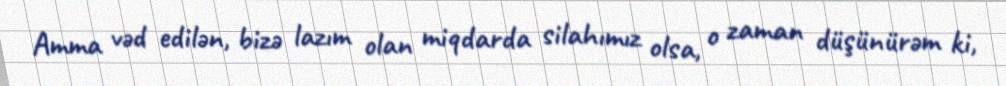
Amma vəd edilən, bizə lazım olan miqdarda silahımız olsa, o zaman düşünürəm ki,